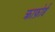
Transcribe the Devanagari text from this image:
क्राफ़ोर्ड